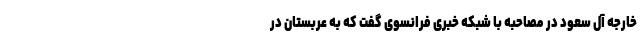
خارجه آل سعود در مصاحبه با شبکه خبری فرانسوی گفت که به عربستان در